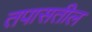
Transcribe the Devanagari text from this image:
तपासतील